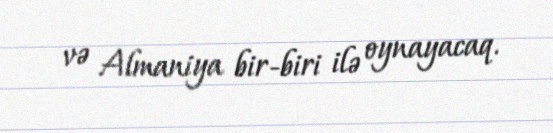
və Almaniya bir-biri ilə oynayacaq.